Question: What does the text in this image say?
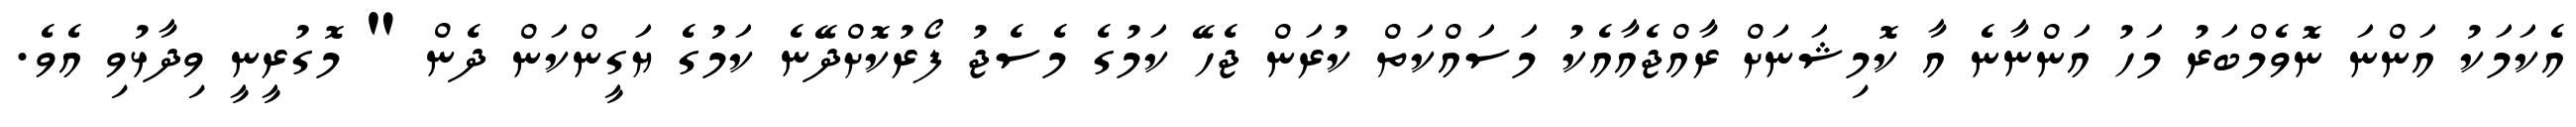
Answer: އެކަމަކު އަންނަ ނޮވެމްބަރު މަހު އަންނާނެ އާ ކޮމިޝަނަށް ރާއްޖެއާއެކު މަސައްކަތް ކުރަން ޖެހޭ ކަމުގެ މެސެޖު ފޯރުކޮށްދޭނެ ކަމުގެ ޔަގީންކަން ދެން " މޮގުރީނީ ވިދާޅުވި އެވެ.